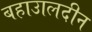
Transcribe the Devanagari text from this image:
बहाउालदीन